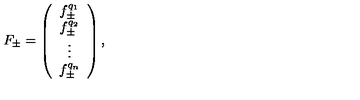
F _ { \pm } = \left( \begin{array} { c } { f _ { \pm } ^ { q _ { 1 } } } \\ { f _ { \pm } ^ { q _ { 2 } } } \\ { \vdots } \\ { f _ { \pm } ^ { q _ { n } } } \\ \end{array} \right) ,